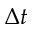
\Delta t